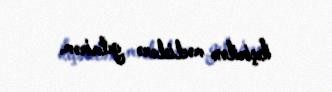
keçirilən məclislərə getmirəm.